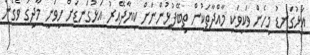
އަޅުގަނޑު މިހެން ވަކިވަކި މާއްދާތަކުން ތިބޭފުޅުންނަށް ކިޔާދޭއިރު އަޅުގަނޑަށް ހީވަނީ މާދިގު ވެގެން